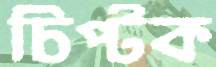
চিপ্‌টক